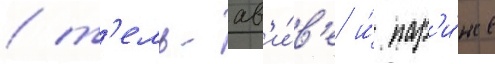
/ т'ель-ав'и́в'е и́ пар'и́же